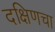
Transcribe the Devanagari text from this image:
दक्षिणचा